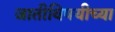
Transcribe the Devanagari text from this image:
जातीविषयीच्या